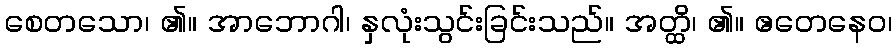
စေတသော၊ ၏။ အာဘောဂါ၊ နှလုံးသွင်းခြင်းသည်။ အတ္ထိ၊ ၏။ ဧတေနေဝ၊